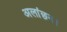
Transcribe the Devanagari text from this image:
अलांछन।